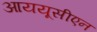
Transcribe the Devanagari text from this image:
आययूसीएन